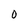
Character: 0